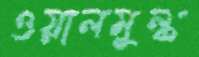
ওয়ালমুল্ক